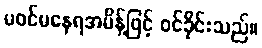
မဝင်မနေရအမိန့်ဖြင့် ဝင်ခိုင်းသည်။